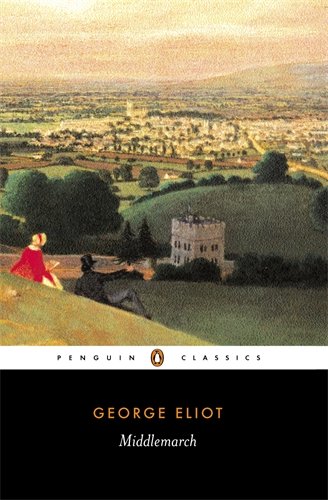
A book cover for Middlemarch (Penguin Classics); George Eliot; Literature & Fiction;